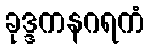
ခုဒ္ဒကနဂရကံ